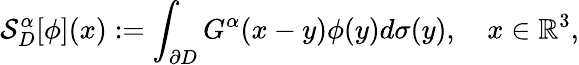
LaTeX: \mathcal{S}_{D}^{\alpha}[\phi](x):=\int_{\partial D}G^{\alpha}(x-y)\phi(y)d\sigma(y),\quad x\in\mathbb{R}^{3},